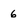
Character: 6